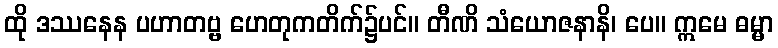
ထို ဒဿနေန ပဟာတဗ္ဗ ဟေတုကတိက်၌ပင်။ တီဏိ သံယောဇနာနိ၊ ပေ။ ဣမေ ဓမ္မာ